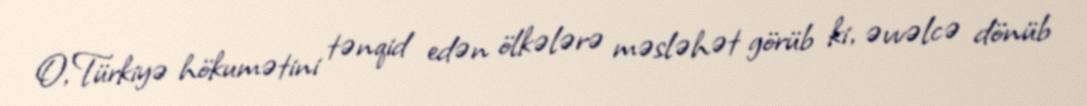
O, Türkiyə hökumətini tənqid edən ölkələrə məsləhət görüb ki, əvvəlcə dönüb